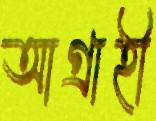
আগ্রাহী